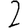
Digit: 2